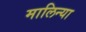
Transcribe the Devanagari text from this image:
मालिन्या